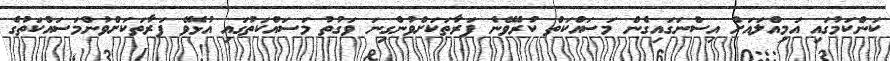
ކަންކަމުގައި އަމިއްލައަށް އިސްނަގައިގެން މަސައްކަތް ކުރެވޭނެ ފަރާތަކަށްވުންގިނަ ވަގުތު މަސައްކަތުގައި އުޅެވޭ ފަރާތަކަށްވުންމަސައްކަތުގެ